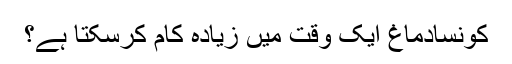
کونسادماغ ایک وقت میں زیادہ کام کرسکتا ہے؟